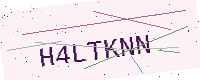
Text: H4LTKNN